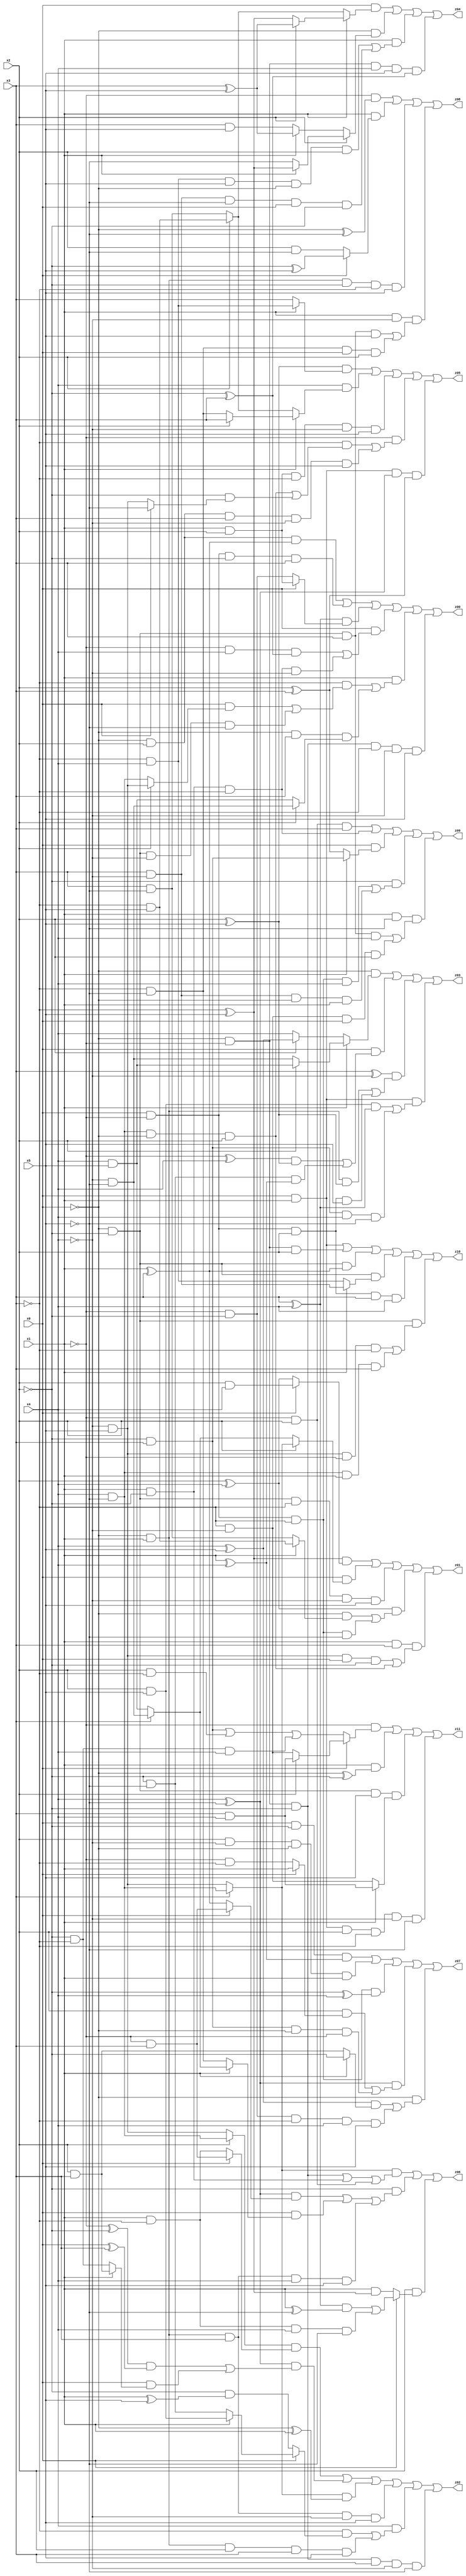
// Benchmark "X_66" written by ABC on Fri Jun 02 22:56:28 2023

module X_66 ( 
    x0, x1, x2, x3, x4, x5,
    z00, z01, z02, z03, z04, z05, z06, z07, z08, z09, z10, z11  );
  input  x0, x1, x2, x3, x4, x5;
  output z00, z01, z02, z03, z04, z05, z06, z07, z08, z09, z10, z11;
  assign z00 = (~x0 & x2 & (x1 ^ x3)) | (x0 & ~x1 & ~x2 & x3) | ((x3 ^ x4) & (x0 ? (x1 & x2) : (~x1 & ~x2))) | (x0 & ((~x1 & x4 & (~x2 ^ x3)) | (x1 & ~x2 & ~x3 & ~x4))) | (x1 & ((~x3 & ((x0 & (x2 ? (~x4 & x5) : (x4 & ~x5))) | (~x0 & ~x2 & ~x4 & ~x5))) | (~x0 & x3 & (x2 ? (~x4 & ~x5) : (x4 & x5))))) | (~x0 & ~x1 & ~x2 & ~x3 & ~x4 & x5);
  assign z01 = ((~x3 ^ x5) & (x0 ? (x2 & x4) : (x2 ^ x4))) | (x0 & (x2 ? (x3 ? (x4 & ~x5) : (~x4 & x5)) : (x3 ? (~x4 & ~x5) : (x4 & x5)))) | (~x0 & ~x2 & ~x3 & ~x4 & x5) | ((x2 ^ x4) & ((~x0 & (x1 ? (~x3 & x5) : (x3 & ~x5))) | (x0 & ~x1 & ~x3 & ~x5))) | (x1 & x3 & ((~x4 & x5 & x0 & ~x2) | (x4 & ~x5 & ~x0 & x2)));
  assign z02 = ((x2 ? (x4 & ~x5) : (~x4 & x5)) & (x0 ? (~x1 & x3) : (x1 & ~x3))) | ((x4 ^ ~x5) & (((~x1 ^ ~x2) & (x0 ^ x3)) | (x0 & (x1 ? (x2 & x3) : (~x2 & ~x3))))) | ((x3 ? (x4 & ~x5) : (~x4 & x5)) & (~x0 ^ x1)) | (~x0 & x1 & x3 & ~x4 & x5) | (x4 & ((~x3 & (x0 ? (x1 ? (x2 & x5) : (~x2 & ~x5)) : (~x2 & (x1 ^ x5)))) | (~x0 & x1 & x2 & x3 & x5))) | (~x0 & ~x1 & ~x2 & x3 & ~x4 & ~x5);
  assign z03 = (~x0 & (x1 ? (x2 ? (x4 & x5) : (~x4 & ~x5)) : (x2 ? (x4 ^ x5) : x4))) | (x0 & (((~x1 ^ x4) & (x2 ^ x5)) | (~x2 & ~x5 & (x1 ^ x4)))) | ((x3 ^ ~x4) & ((~x0 & x1 & (x2 ^ x5)) | (x0 & ~x1 & x2 & x5))) | (x0 & x1 & ((x2 & x5 & (x3 ^ x4)) | (~x2 & x3 & x4 & ~x5)));
  assign z04 = (x0 & (x1 ? (x2 ? (x3 ^ x5) : (~x3 ^ x5)) : (x2 ? (~x3 & x5) : (x3 & ~x5)))) | (~x0 & (x2 ? (x1 ? (~x3 ^ x5) : ~x5) : (x1 ? (x3 ^ x5) : (x3 & x5)))) | (x1 & ((~x3 & x4 & x5 & ~x0 & x2) | (x3 & ~x4 & ~x5 & x0 & ~x2))) | (~x0 & ~x1 & x4 & x5 & (~x2 ^ x3));
  assign z05 = ((x2 ^ x5) & (x1 ? (~x3 & x4) : x3)) | (x4 & (x1 ? (x2 ? x3 : (~x3 & ~x5)) : (x2 ? (~x3 & x5) : (x3 & ~x5)))) | (x1 & x2 & ~x3 & ~x4 & x5) | (~x1 & ((~x3 & ((x4 & ~x5 & ~x0 & x2) | (~x2 & (x0 ? ~x5 : (~x4 & x5))))) | (~x0 & x2 & x3 & ~x4 & x5))) | (x0 & x1 & (x4 ^ ~x5) & (x2 ^ x3));
  assign z06 = ((x3 ? (x4 & ~x5) : (~x4 & x5)) & ((~x0 & ~x1 & ~x2) | (x1 & ~x2) | (~x1 & x2))) | (~x2 & (((x4 ^ ~x5) & (x0 ? (~x1 & x3) : (x1 ^ x3))) | (x0 & (x1 ? (x3 ? (~x4 & ~x5) : (x4 & x5)) : (~x3 & ~x5))) | (~x0 & x1 & x3 & x4 & x5))) | (x2 & (x0 ? (((x3 ^ x4) & (x1 ^ ~x5)) | (x1 & ~x3 & x4 & ~x5)) : (x1 & (~x3 ^ x5))));
  assign z07 = (x0 & ~x2 & (x1 ^ x4)) | (x2 & ~x4 & ~x0 & x1) | (x0 & ~x1 & ~x3 & (~x2 ^ x4)) | ((x4 ^ ~x5) & ((x2 & (x0 ? x1 : (~x1 & ~x3))) | (~x2 & x3 & ~x0 & ~x1))) | (~x0 & (((x4 ^ x5) & (x1 ? ~x2 : (x2 & x3))) | (~x1 & ~x2 & ~x3 & x4 & x5)));
  assign z08 = (~x1 & (~x0 ^ ~x5)) | (x1 & (x0 ? (~x2 ^ x5) : (x2 & ~x5))) | (~x0 & x1 & ~x2 & ~x3 & x5) | (x1 & ~x4 & ((~x0 & ~x2 & x3 & x5) | (~x3 & ~x5 & x0 & x2)));
  assign z09 = (~x1 & x2 & x3) | (x1 & ~x2 & ~x3) | (x0 & (x1 ? (~x2 & x3) : (x2 ^ x3))) | (~x2 & ((x0 & ~x1 & ~x3 & x4) | (x3 & ~x4 & ~x0 & x1))) | (x1 & ~x5 & ((~x0 & ~x2 & x3 & x4) | (~x3 & ~x4 & x0 & x2)));
  assign z10 = (x0 & x1) | (~x0 & ~x1 & x2) | (~x0 & ~x2 & (x1 ^ x3)) | (~x0 & ~x2 & (x1 ? (x3 & ~x4) : (~x3 & x4))) | (x0 & ~x1 & x2 & x3 & x4) | (~x0 & ~x2 & ((~x4 & x5 & ~x1 & ~x3) | (x4 & ~x5 & x1 & x3)));
  assign z11 = (~x1 & (x0 ? (x2 ? (x3 & x4) : (~x3 & ~x4)) : ((~x2 & x3) | (x2 & ~x3) | (~x2 & ~x3 & x4)))) | (x1 & (~x0 ^ ~x2)) | (~x0 & ~x2 & x5 & (x1 ? (x3 & x4) : (~x3 & ~x4))) | (x0 & x1 & x2 & ~x3 & ~x4 & ~x5);
endmodule